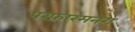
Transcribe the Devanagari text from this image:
परफ़ारमनग